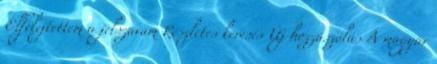
Elfelejtettem a jelszavam Részletes keresés Új hozzászólás A magyar